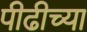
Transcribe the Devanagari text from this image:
पीढीच्या